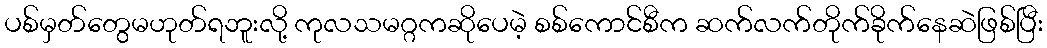
ပစ်မှတ်တွေမဟုတ်ရဘူးလို့ ကုလသမဂ္ဂကဆိုပေမဲ့ စစ်ကောင်စီက ဆက်လက်တိုက်ခိုက်နေဆဲဖြစ်ပြီး